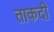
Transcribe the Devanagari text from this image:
ताकदी